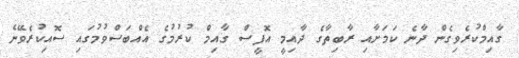
ގާއިމްކުރެވިގެން ދާނެ ކަމަށާއި ރާބިތާގެ ދާއިމީ އޮފީސް ގާއިމް ކުރުމުގެ އެއްބަސްވުމުގައި ސޮއިކުރެވޭނެ